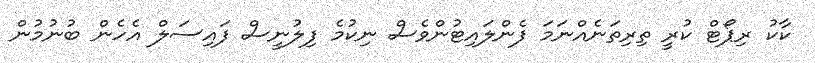
ކާކު ރިޕޯޓް ކުރީ ތިރިތަނެއްނަމަ ފެންލައިޓުންވެސް ނިކުމެ ފިލުނީސް ފައިސަލް އެހެން ބުނުމުން